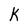
Character: K